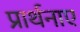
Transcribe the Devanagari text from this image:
प्रार्थनाए